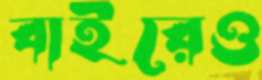
বাইরেও